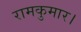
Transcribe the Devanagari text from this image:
रामकुमार।